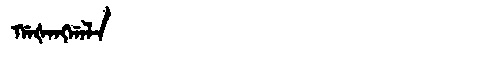
Manchu: ᡤᠠᡧᠠᠩᡤᠠᠯᠠ
Romanization: GAŠANGGALA